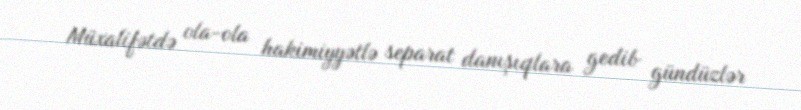
Müxalifətdə ola-ola hakimiyyətlə separat danışıqlara gedib gündüzlər